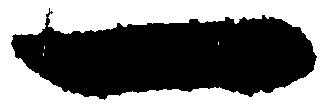
一